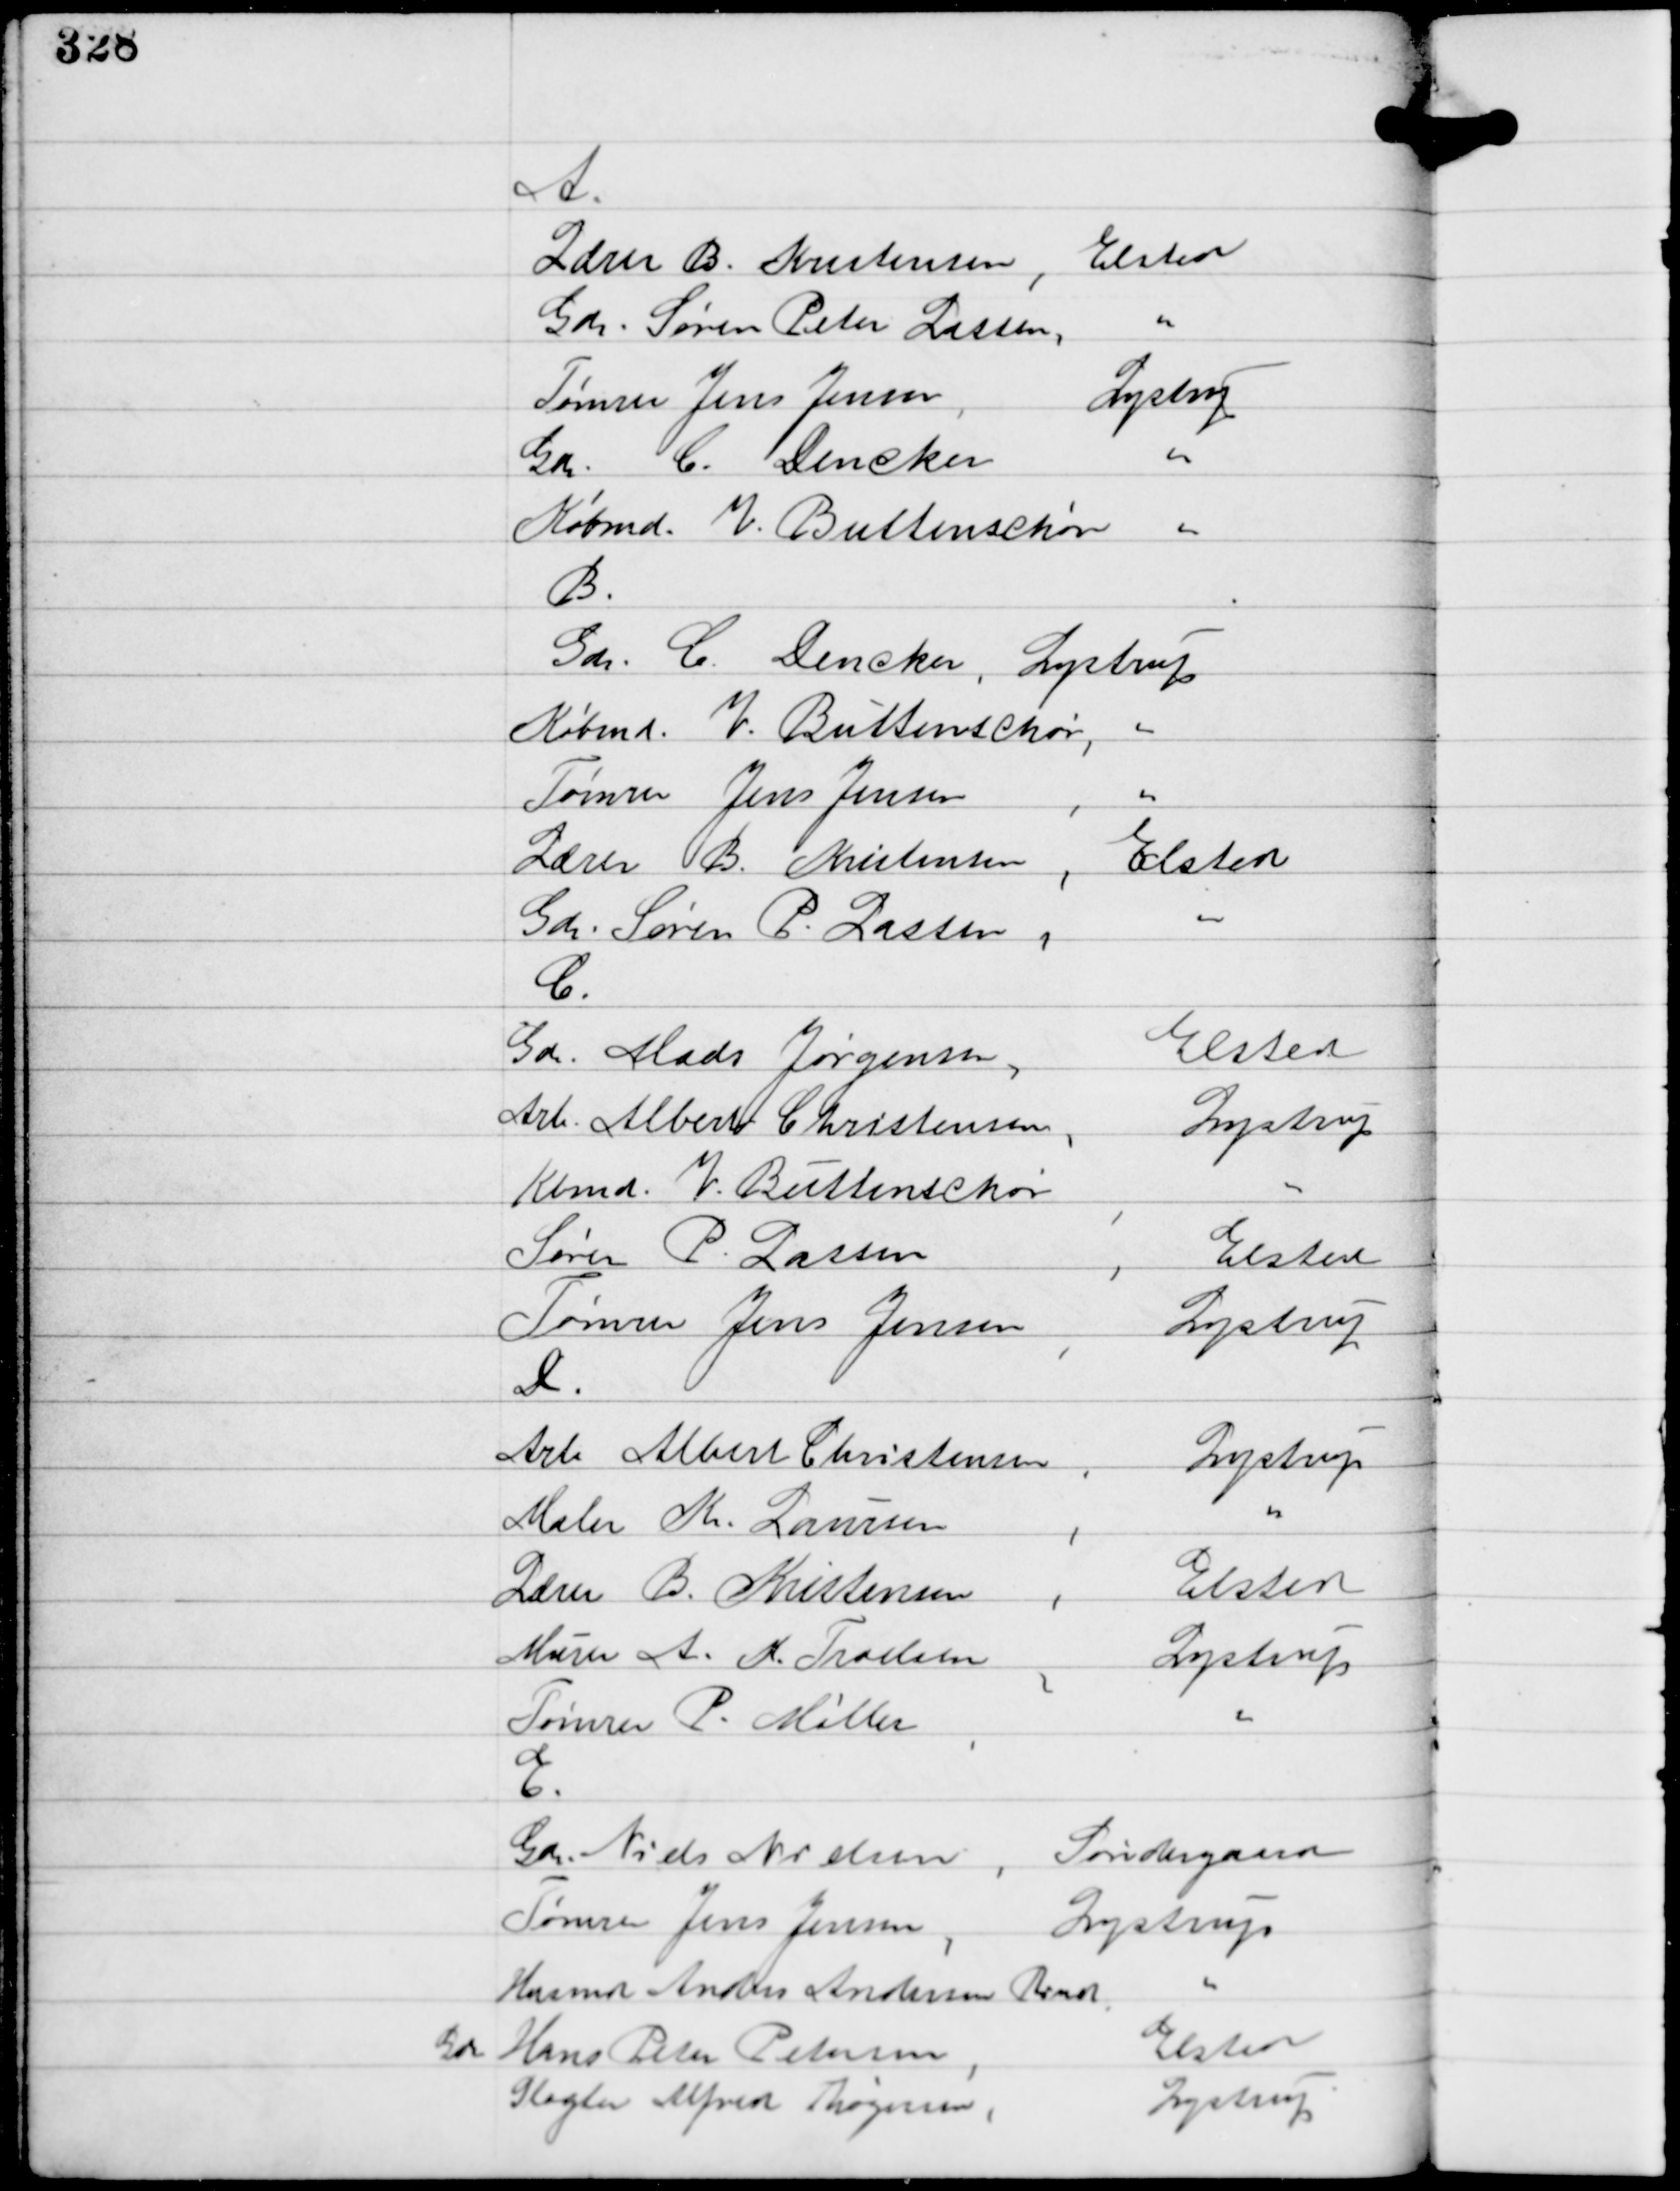
Transskription:
A.
Lærer B. Kristensen, Elsted
Gdr. Søren Peder Lassen, ''
Tømrer Jens Jensen, Lystrup
Gdr. C. Dencker "
Købmd. V. Buttenschøn "
B.
Gdr. C Dencker, Lystrup
Købmd. V. Buttenschøn, "
Tømrer Jens Jensen, "
Lærer B. Kristensen, Elsted
Gdr. Søren P. Lassen, "
C.
Gdr. Mads Jørgensen, Elsted
Arb. Albert Christensen, Lystrup
Kbmd. V. Buttenschøn, "
Søren P. Lassen, Elsted
Tømrer Jens Jensen, Lystrup
D.
Arb. Albert Christensen, Lystrup
Maler K. Laursen, "
Lærer B. Kristensen, Elsted
Murer A. K. Troelsen, Lystrup
Tømrer P. Møller, "
E.
Gdr. Niels Nielsen, Søndergaard
Tømrer Jens Jensen, Lystrup
Husmd Anders Andersen Prendt "
Gdr. Hans Peter Petersen, Elsted
Slagter Alfred Thøgersen, Lystrup